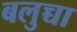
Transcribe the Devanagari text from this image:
बलुच्चा